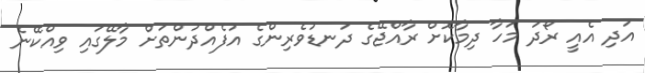
އަދި އެއީ ރޯދަ މަހާ ދިމާކޮށް ރާއްޖޭގެ ދަނޑުވެރިންގެ އުފެއްދުންތަށް މާލޭގައި ވިއްކޭނެ